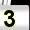
Digit: 3